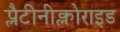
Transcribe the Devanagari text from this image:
प्लैटीनीक्लोराइड